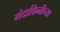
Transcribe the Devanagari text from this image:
मंदाकिनीच्या